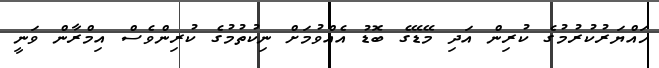
ހައްޔަރުކުރުމުގެ ކުރިން އަދި މޭޑޭގެ ބޮޑު އެއްވުމަށް ނިކުތުމުގެ ކުރިންވެސް އިމްރާން ވަނީ